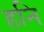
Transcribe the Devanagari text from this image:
हनि